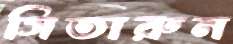
সিতারুন